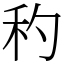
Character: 䄪